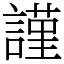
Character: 𧫴